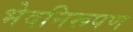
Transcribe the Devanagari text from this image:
भेदनिरूपण